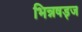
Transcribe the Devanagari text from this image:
भिन्नषड्ज